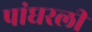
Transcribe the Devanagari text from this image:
पांघरली